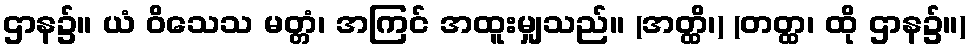
ဌာန၌။ ယံ ဝိသေသ မတ္တံ၊ အကြင် အထူးမျှသည်။ (အတ္ထိ၊) (တတ္ထ၊ ထို ဌာန၌။)